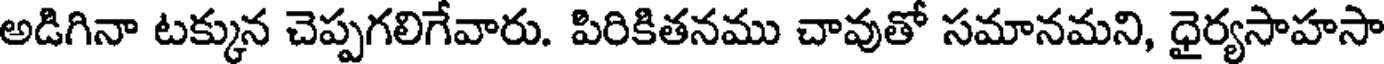
అడిగినా టక్కున చెప్పగలిగేవారు. పిరికితనము చావుతో సమానమని, ధైర్యసాహసా